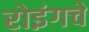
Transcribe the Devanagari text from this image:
रोइंगचे